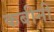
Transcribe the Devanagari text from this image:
कबीनी